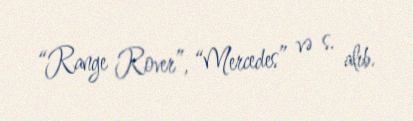
“Range Rover”, “Mercedes” və s. alıb.